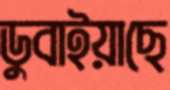
ডুবাইয়াছে